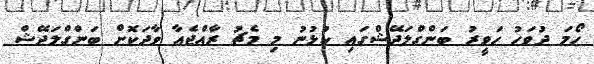
ހޯމަ ދުވަހު ހަވީރު ބަންގްލަދޭޝްގައި ކުޅުނު މި މެޗު ރާއްޖެއާ ވާދަކޮށް ބަންގްލަދޭޝް